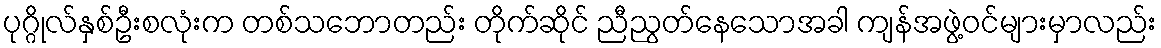
ပုဂ္ဂိုလ်နှစ်ဦးစလုံးက တစ်သဘောတည်း တိုက်ဆိုင် ညီညွတ်နေသောအခါ ကျန်အဖွဲ့ဝင်များမှာလည်း